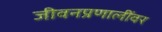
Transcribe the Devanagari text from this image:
जीवनप्रणालींवर